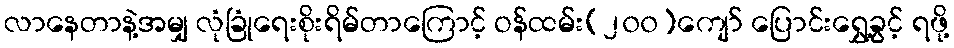
လာနေတာနဲ့အမျှ လုံခြုံရေးစိုးရိမ်တာကြောင့် ဝန်ထမ်း(၂၀၀)ကျော် ပြောင်းရွှေ့ခွင့် ရဖို့